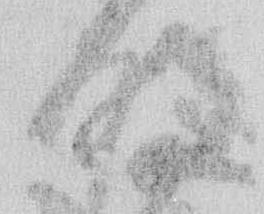
明